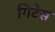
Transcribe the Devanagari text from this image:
गिटेस